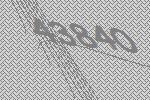
43840